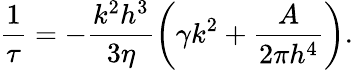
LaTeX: \frac{1}{\tau}=-\frac{k^{2}h^{3}}{3\eta}\left(\gamma k^{2}+\frac{A}{2\pi h^{4}}\right).